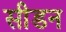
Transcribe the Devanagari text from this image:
सीडन